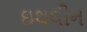
ઇથલીન